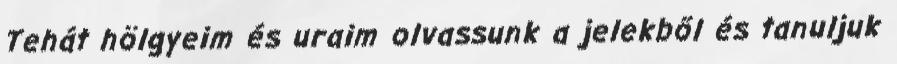
Tehát hölgyeim és uraim olvassunk a jelekből és tanuljuk